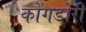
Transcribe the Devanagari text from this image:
कोंगडोरी